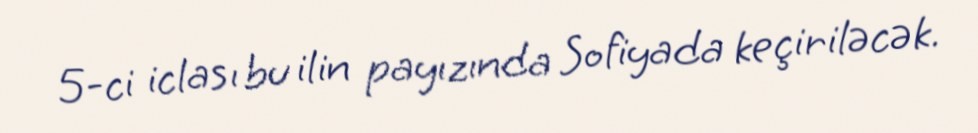
5-ci iclası bu ilin payızında Sofiyada keçiriləcək.